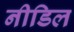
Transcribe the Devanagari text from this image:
नीडिल